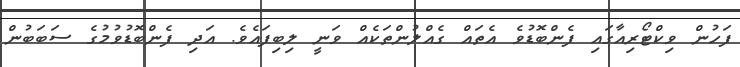
ފަހުން ވިކްޓޯރިއާގައި ފެންބޮޑުވެ އެތައް ގެއްލުންތަކެއް ވަނީ ލިބިފައެވެ. އަދި ފެންބޮޑުވުމުގެ ސަބަބުން